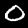
Digit: 0